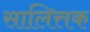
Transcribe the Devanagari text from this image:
सालित्तक